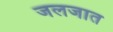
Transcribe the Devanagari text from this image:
जलजात